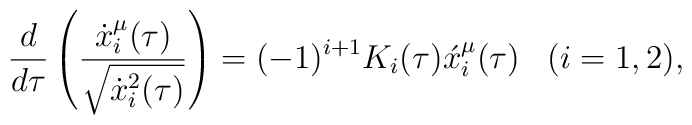
\frac{d}{d \tau}\left(\frac{\dot x^{\mu}_i(\tau)}{\sqrt{\dot x^2_i(\tau)}}\right)=(-1)^{i+1}K_i(\tau)\acute x^{\mu}_i(\tau)\,\,\,\,\,(i=1,2),